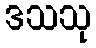
ဒသသု